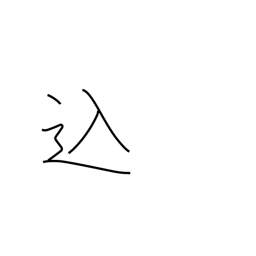
Meaning: included